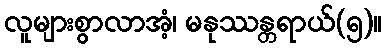
လူများစွာလာအံ့၊ မနုဿန္တရာယ်(၅)။